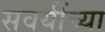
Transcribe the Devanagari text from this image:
सवयींच्या